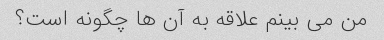
من می بینم علاقه به آن ها چگونه است؟